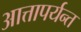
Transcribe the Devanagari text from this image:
आत्तापर्यन्त